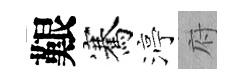
艱騫渟府